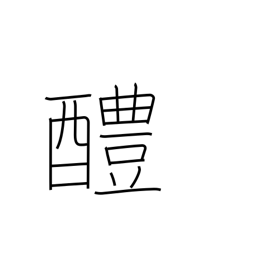
Meaning: sweet sake